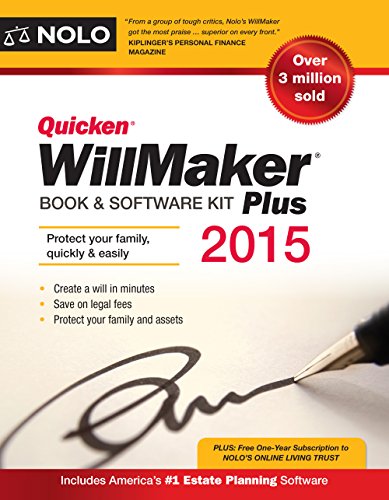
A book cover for Quicken WillMaker Plus 2015 Edition: Book & Software Kit; Editors of Nolo; Computers & Technology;